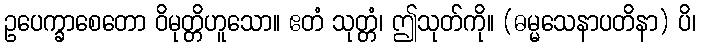
ဥပေက္ခာစေတော ဝိမုတ္တိဟူသော။ ဧတံ သုတ္တံ၊ ဤသုတ်ကို။ (ဓမ္မသေနာပတိနာ) ပိ၊